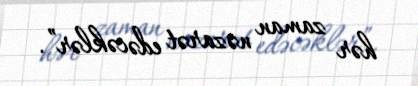
hər zaman nəzarət edəcəklər”.